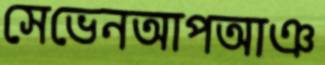
সেভেনআপআঞ